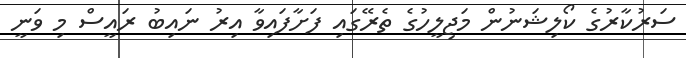
ސަރުކާރުގެ ކޯލިޝަނުން މަޖިލީހުގެ ތެރޭގައި ފަށާފައިވާ އިރު ނައިބު ރައީސް މި ވަނީ